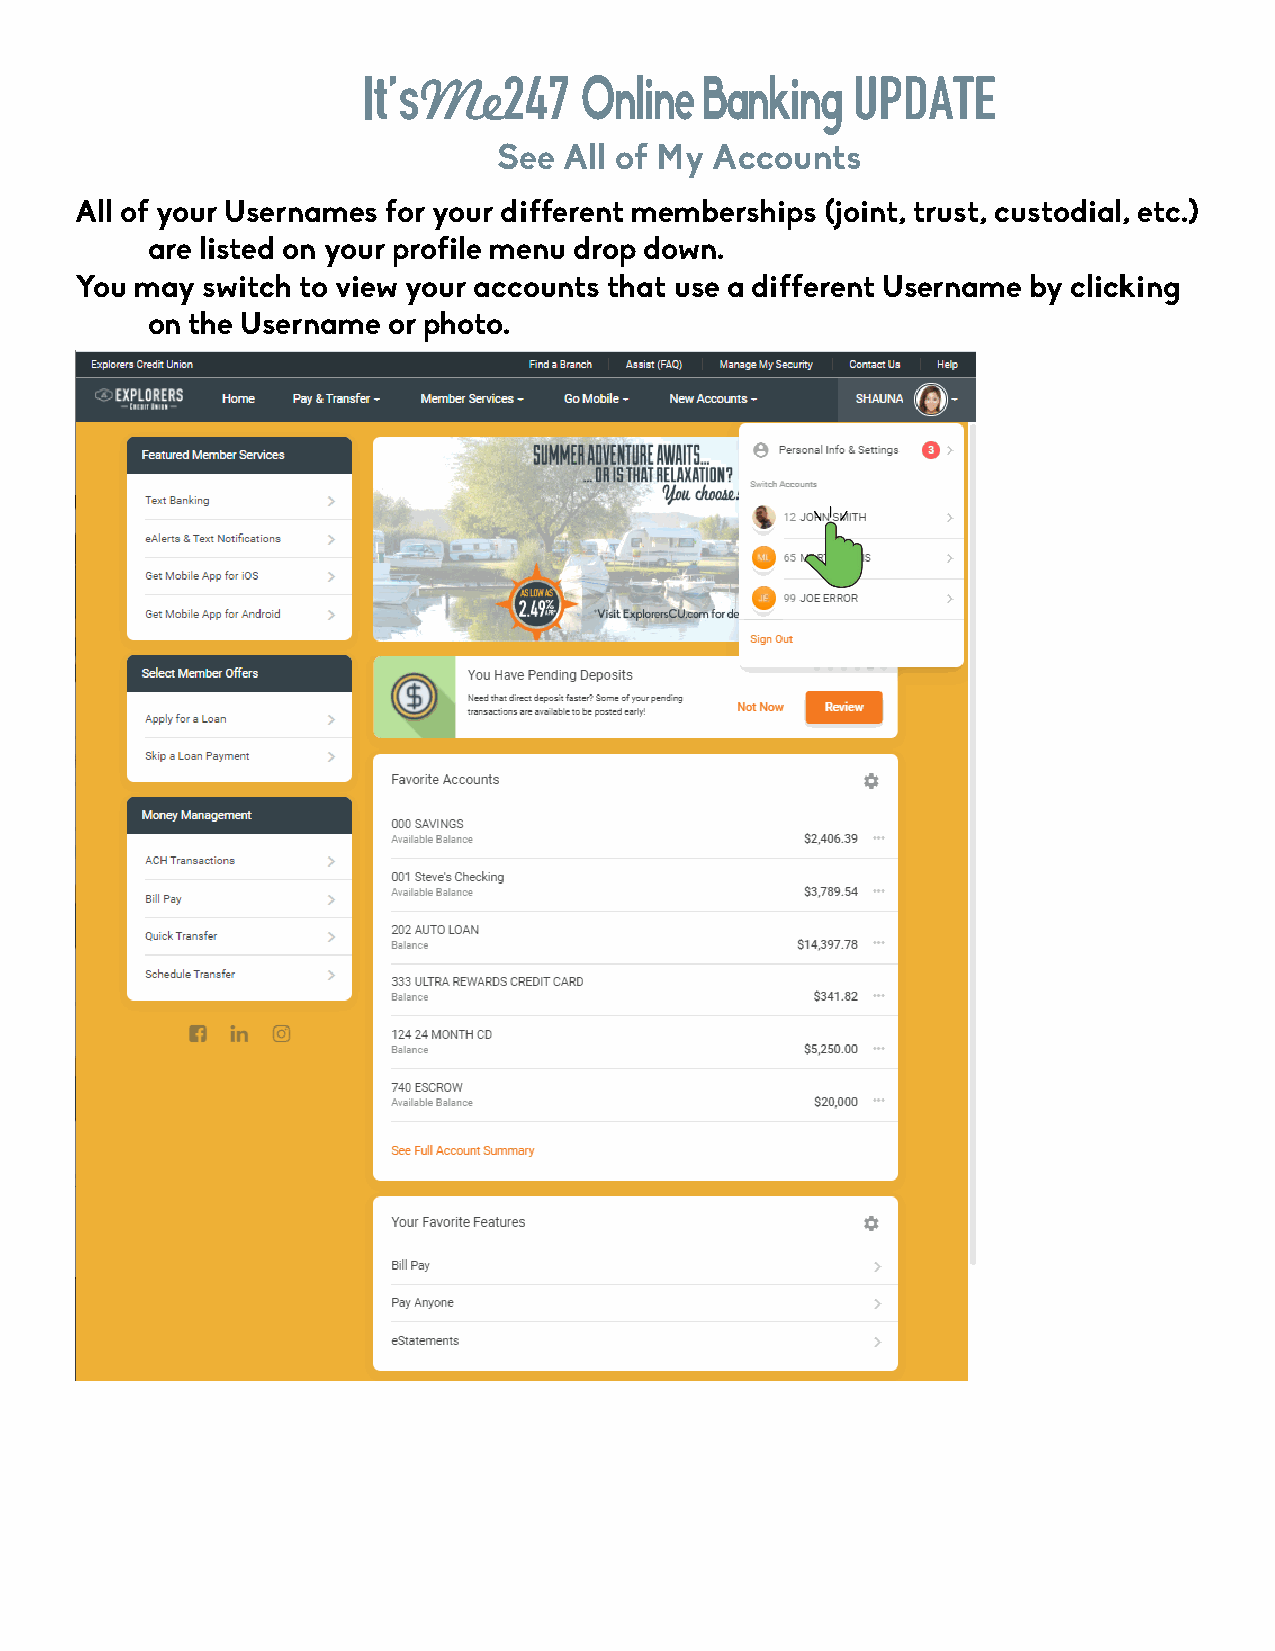
It’sMe247     Online  Banking   UPDATE
 See All of My Accounts
 All of your Usernames for your different memberships (joint, trust, custodial, etc.)
 are listed on your profile menu drop down.
 You may switch to view your accounts that use a different Username by clicking
 on the Username or photo.